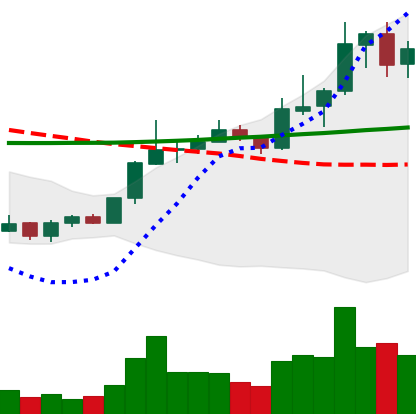
Ticker: LINK-USD
Chart end date: 2020-01-20
Forward return: -8.926%
Label: down_7plus